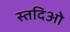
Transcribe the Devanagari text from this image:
स्तदिओ